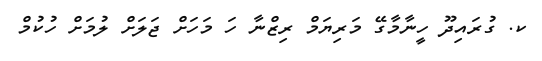
ކ. ގުރައިދޫ ހީނާމާގޭ މަރިޔަމް ރިޒްނާ ހަ މަހަށް ޖަލަށް ލުމަށް ހުކުމް